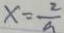
x = \frac { 2 } { a }